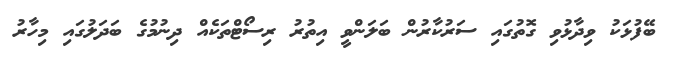
ބޭފުޅަކު ވިދާޅުވި ގޮތުގައި ސަރުކާރުން ބަލަންވީ އިތުރު ރިސޯޓްތަކެއް ދިނުމުގެ ބަދަލުގައި މިހާރު